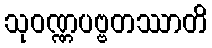
သုဝဏ္ဏပဗ္ဗတဿာတိ